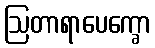
ဩတာရာပေက္ခော